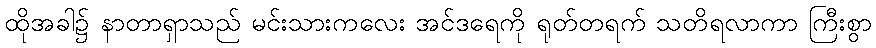
ထိုအခါ၌ နာတာရှာသည် မင်းသားကလေး အင်ဒရေကို ရုတ်တရက် သတိရလာကာ ကြီးစွာ